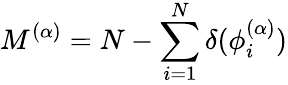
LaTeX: {M^{(\alpha)}=N-\sum_{i=1}^{N}\delta(\phi_{i}^{(\alpha)})}